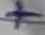
Text: +